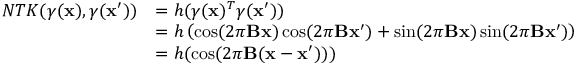
\begin{array} { r l } { N T K ( \gamma ( \mathbf { x } ) , \gamma ( \mathbf { x ^ { \prime } } ) ) } & { = h ( \gamma ( \mathbf { x } ) ^ { T } \gamma ( \mathbf { x ^ { \prime } } ) ) } \\ & { = h \left( \cos ( 2 \pi \mathbf { B x } ) \cos ( 2 \pi \mathbf { B x ^ { \prime } } ) + \sin ( 2 \pi \mathbf { B x } ) \sin ( 2 \pi \mathbf { B x ^ { \prime } } ) \right) } \\ & { = h ( \cos ( 2 \pi \mathbf { B } ( \mathbf { x } - \mathbf { x ^ { \prime } } ) ) ) } \end{array}